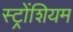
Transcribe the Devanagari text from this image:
स्ट्रोंशियम